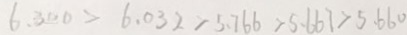
6 . 3 0 0 > 6 . 0 3 2 > 5 . 7 6 6 > 5 . 6 6 7 > 5 . 6 6 0